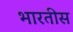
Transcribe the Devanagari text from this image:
भारतीस